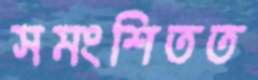
সমংশিতত